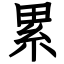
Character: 累